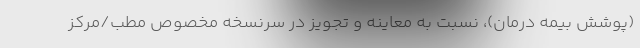
(پوشش بیمه درمان)، نسبت به معاینه و تجویز در سرنسخه مخصوص مطب/مرکز